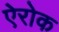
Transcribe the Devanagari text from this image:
ऐरोक